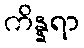
ကိန္နရာ